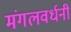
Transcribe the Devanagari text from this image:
मंगलवर्धनी